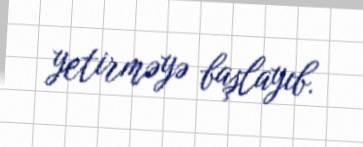
yetirməyə başlayıb.